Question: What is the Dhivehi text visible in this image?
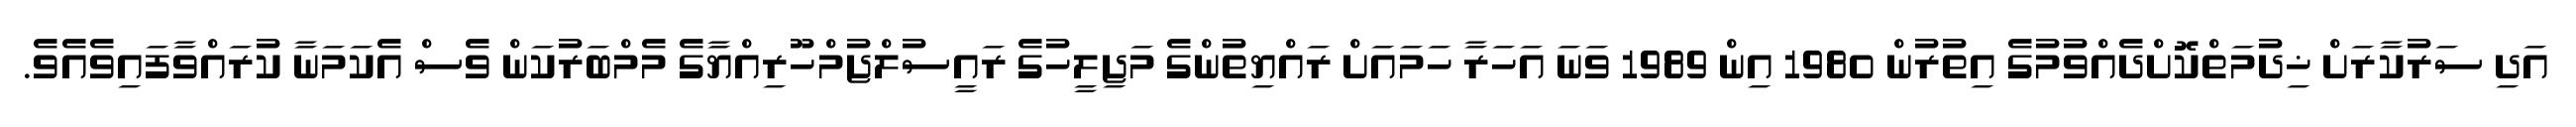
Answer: އަދި ސަރުކާރަށް ޚިދުމަތްކޮށްދެއްވުމުގެ އިތުރުން 1980 އިން 1989 ވަނަ އަހަރާ ހަމައަށް ރައްޔިތުންގެ މަޖިލީހުގެ ރައީސުލްޖުމްހޫރިއްޔާގެ މެމްބަރުކަން ވެސް އެކަމަނާ ކުރައްވާފައިވެއެވެ.